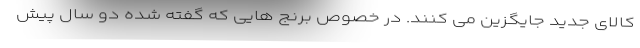
کالای جدید جایگزین می کنند. در خصوص برنج هایی که گفته شده دو سال پیش